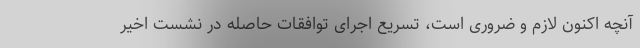
آنچه اکنون لازم و ضروری است، تسریع اجرای توافقات حاصله در نشست اخیر